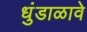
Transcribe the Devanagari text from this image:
धुंडाळावे